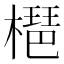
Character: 𣚒